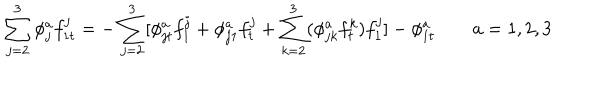
LaTeX: \sum _ { j = 2 } ^ { 3 } \phi _ { j } ^ { a } f _ { 1 t } ^ { j } = - \sum _ { j = 2 } ^ { 3 } [ \phi _ { j t } ^ { a } f _ { 1 } ^ { j } + \phi _ { j 1 } ^ { a } f _ { t } ^ { j } + \sum _ { k = 2 } ^ { 3 } ( \phi _ { j k } ^ { a } f _ { t } ^ { k } ) f _ { 1 } ^ { j } ] - \phi _ { 1 t } ^ { a } \quad \quad a = 1 , 2 , 3